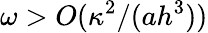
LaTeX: \omega>O(\kappa^{2}/(ah^{3}))